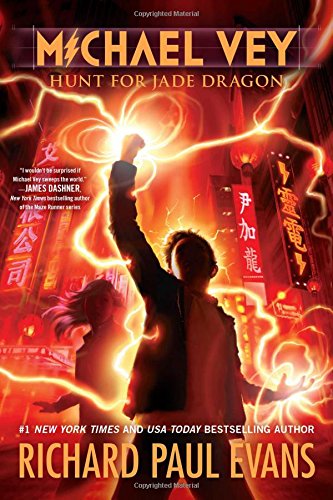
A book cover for Michael Vey 4: Hunt for Jade Dragon; Richard Paul Evans; Teen & Young Adult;